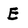
Character: E